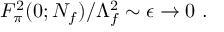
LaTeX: F _ { \pi } ^ { 2 } ( 0 ; N _ { f } ) / \Lambda _ { f } ^ { 2 } \sim \epsilon \rightarrow 0 \ .